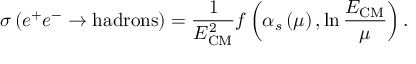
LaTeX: \sigma \left( e ^ { + } e ^ { - } \to \mathrm { h a d r o n s } \right) = { \frac { 1 } { E _ { \mathrm { C M } } ^ { 2 } } } f \left( \alpha _ { s } \left( \mu \right) , \ln { \frac { E _ { \mathrm { C M } } } { \mu } } \right) .